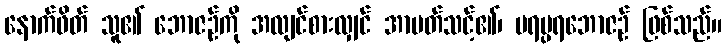
နောက်ဖိတ် သူ၏ ဘောဇဉ်ကို အလျင်စားလျှင် အာပတ်သင့်၏၊ ပရမ္ပရဘောဇဉ် ဖြစ်သည်။